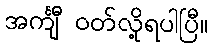
အင်္ကျီ ဝတ်လို့ရပါပြီ။